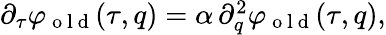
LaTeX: \begin{array}{r}{\partial_{\tau}\varphi_{\mathrm{~o~l~d~}}(\tau,q)=\alpha\, \partial_{q}^{2}\varphi_{\mathrm{~o~l~d~}}(\tau,q),}\end{array}